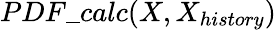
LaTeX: PDF\_ calc(X,X_{history})